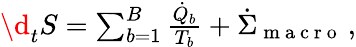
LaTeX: \begin{array}{r}{\d_{t}S=\sum_{b=1}^{B}\frac{\dot{Q}_{b}}{T_{b}}+\dot{\Sigma}_{\mathrm{~m~a~c~r~o~}}\, ,}\end{array}